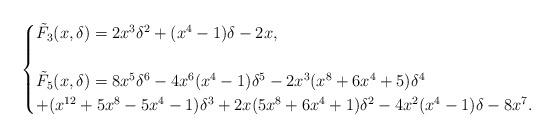
LaTeX: \begin{align*}\begin{cases}\tilde{F}_{3}(x,\delta)=2x^{3}\delta^{2}+(x^{4}-1)\delta-2x,\\\\\tilde{F}_{5}(x,\delta)=8x^{5}\delta^{6}-4x^{6}(x^{4}-1)\delta^{5}-2x^{3}(x^{8}+6x^{4}+5)\delta^{4}\\+(x^{12}+5x^{8}-5x^{4}-1)\delta^{3}+2x(5x^{8}+6x^{4}+1)\delta^{2}-4x^{2}(x^{4}-1)\delta-8x^{7}.\end{cases}\end{align*}